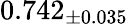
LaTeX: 0.742_{\pm 0.035}